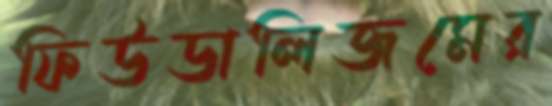
ফিউডালিজমের